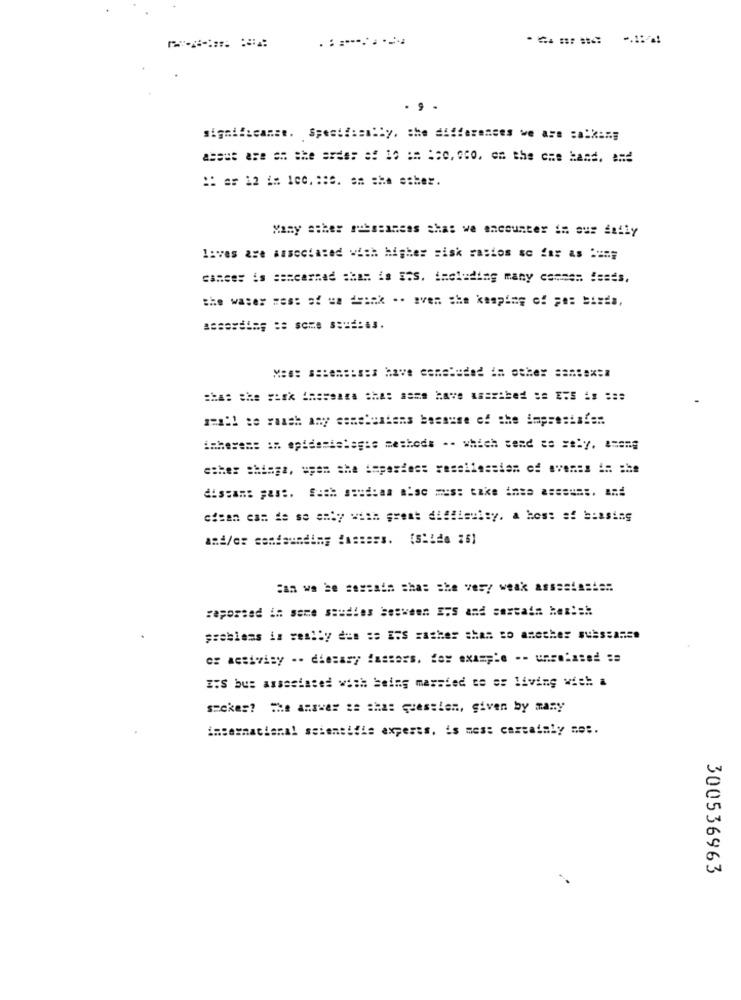
.::.......
. . .
significance. Spesif:emily, the differences we are :a.king
about are as the ards: #: 10 == == o, cc0, on the ome band. and
:: as 12 1= 100 .:: 0. sa she esher.
Many asher messeances ahas we encounter im aus daily
lives are associated with higher risk rastos so far as ====
cancer is === earned sham is sos, including many comme= fases,
assordi=s :: some soudits.
men !! te rauch any semc'estens because of the imprestafe ..
inheren: an epidemiclegis methods -- which send as =ely, a === g
ether shinga, uyan she imposiest ressilessien of ave === == = he
dissan: past. Such soud:an also mes: take inse asssums. and
cican cam de se only with great difficulty. a host of biasing
Can we be soseain shas the very weak assastasis ..
raportad in some studies between ETS and sortain kem !=!:
problems is really dus == EFS rather than to another suissanss
os activisy -. diesary fasters. for example -- unrelated ==
ITS bus associated with being massied to oo living with a
smokes? The answer se shas questien, given by many
international scientific experts. is mes: certainly met.
300536963